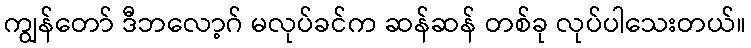
ကျွန်တော် ဒီဘလော့ဂ် မလုပ်ခင်က ဆန်ဆန် တစ်ခု လုပ်ပါသေးတယ်။